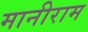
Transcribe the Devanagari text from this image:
मानीराम